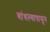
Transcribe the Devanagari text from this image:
बांधल्यापासून